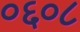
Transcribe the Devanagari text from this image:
०६०८